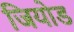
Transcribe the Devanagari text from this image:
जियोड